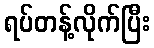
ရပ်တန့်လိုက်ပြီး